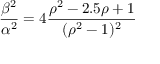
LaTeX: \frac { \beta ^ { 2 } } { \alpha ^ { 2 } } = 4 \frac { \rho ^ { 2 } - 2 . 5 \rho + 1 } { ( \rho ^ { 2 } - 1 ) ^ { 2 } }